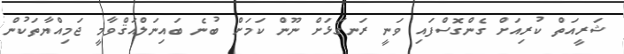
ޝަރީއަތް ކުރިއަށް ގެންގޮސްފައި ވަނީ ރަނގަޅަށް ނޫން ކަމަށް ބުނެ ބައިނަލްއަޤްވާމީ ޖަމިއްޔާތަކުން